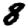
Digit: 8